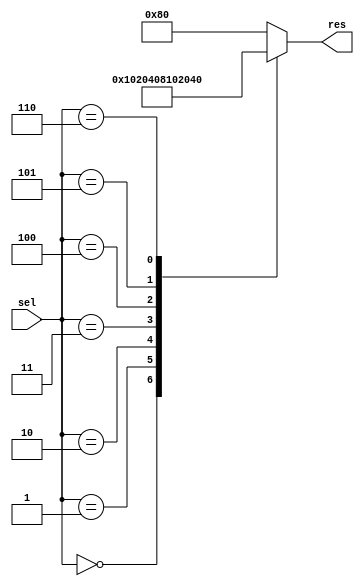

module decoder_3_8 
  (input [2:0] sel, 
   output reg [7:0] res);

   always @(sel or res)
     begin
        case (sel)
          3'b000 : res = 8'b00000001;
          3'b001 : res = 8'b00000010;
          3'b010 : res = 8'b00000100;
          3'b011 : res = 8'b00001000;
          3'b100 : res = 8'b00010000;
          3'b101 : res = 8'b00100000;
          3'b110 : res = 8'b01000000;
          default : res = 8'b10000000;
        endcase // case(sel)
     end // always @ (sel or res)

endmodule // decoder_3_8